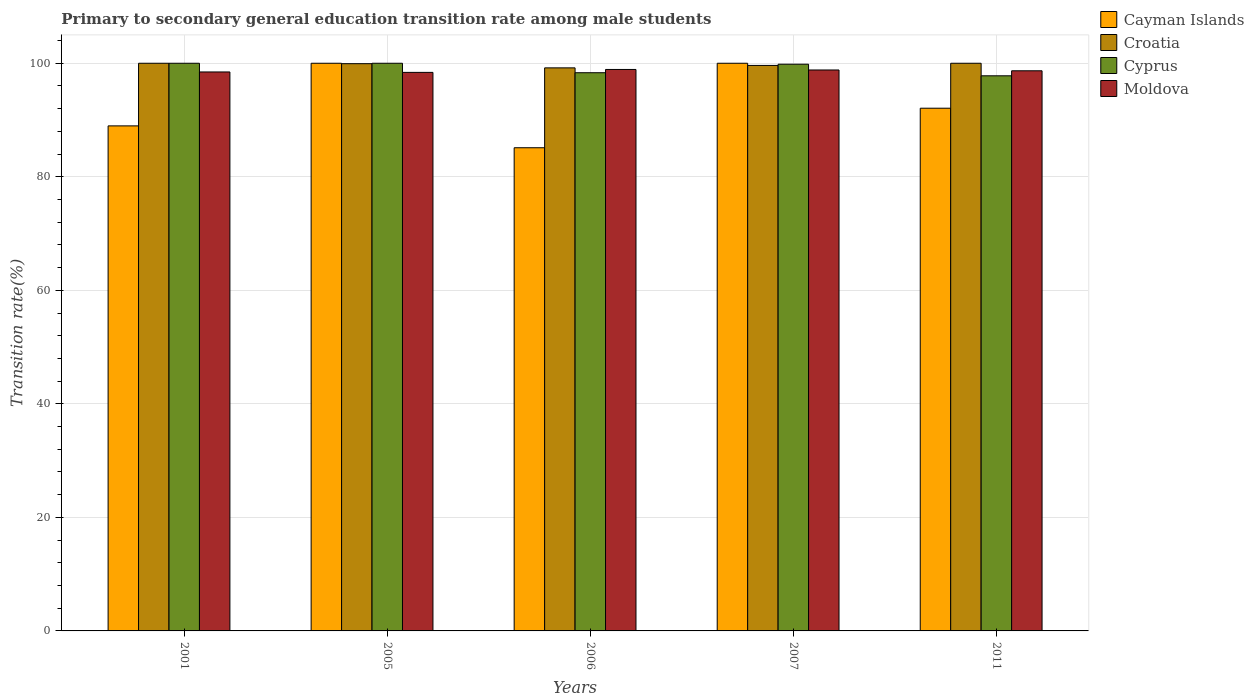
| Years | Cayman Islands | Croatia | Cyprus | Moldova |
 | --- | --- | --- | --- | --- |
 | 2001 | 89 | 100 | 100 | 98.5 |
 | 2005 | 100 | 99.9 | 100 | 98.4 |
 | 2006 | 85.1 | 99.2 | 98.3 | 98.9 |
 | 2007 | 100 | 99.6 | 99.8 | 98.8 |
 | 2011 | 92.1 | 100 | 97.8 | 98.7 |